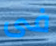
فى